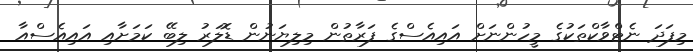
މިފަދަ ނެޓްވާކްތަކުގެ މީހުންނަށް އައިއެސްގެ ފަރާތުން މިލިޔަނުން ޑޮލަރު ލިބޭ ކަމަށާއި އައިއެސްއާ